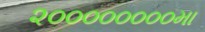
૨૦૦૦૦૦૦૦૦મા